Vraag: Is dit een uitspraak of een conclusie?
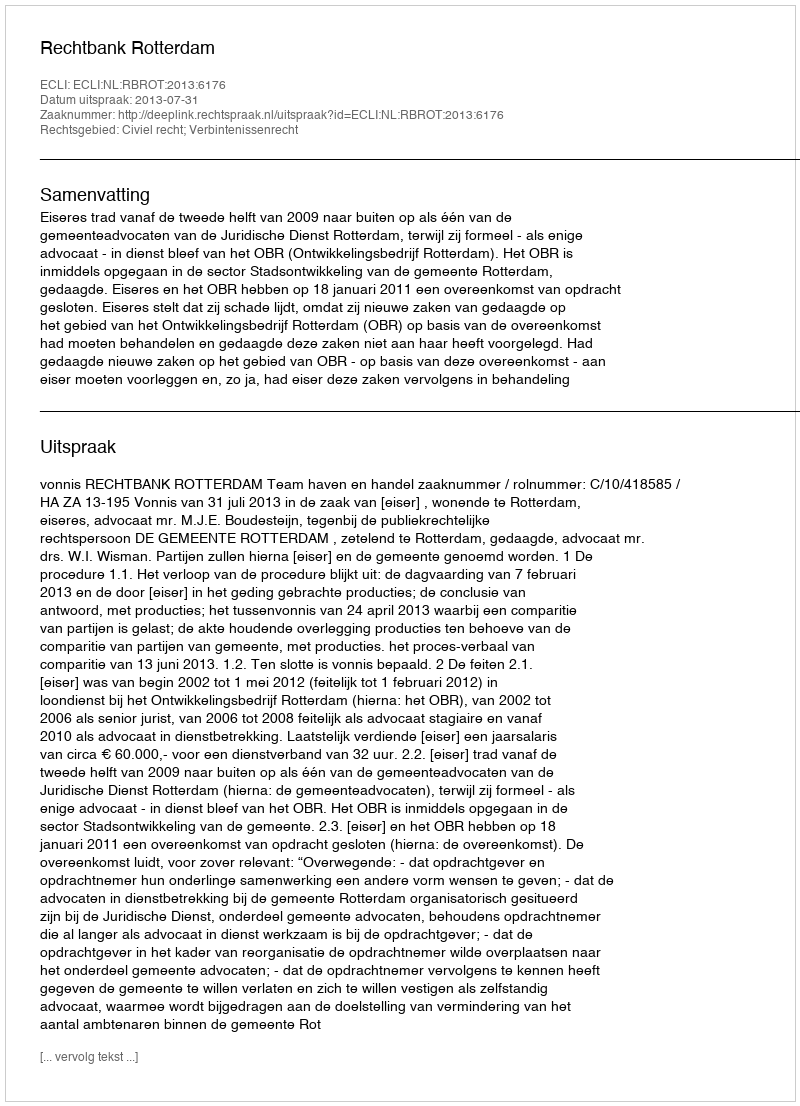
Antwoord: Uitspraak